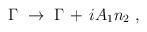
LaTeX: \begin{align*}\Gamma \;\to \; \Gamma \,+\, i A_1 n_2 \; ,\end{align*}